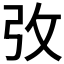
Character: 𢎿